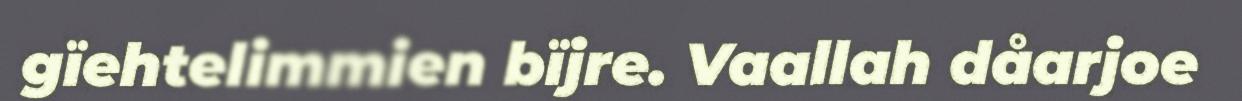
gïehtelimmien bïjre. Vaallah dåarjoe